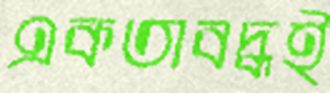
একতাবদ্ধই